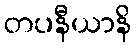
တပနီယာနိ